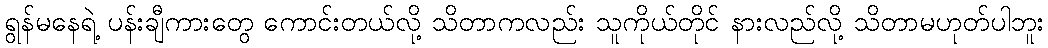
ရွန်မနေရဲ့ ပန်းချီကားတွေ ကောင်းတယ်လို့ သိတာကလည်း သူကိုယ်တိုင် နားလည်လို့ သိတာမဟုတ်ပါဘူး